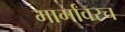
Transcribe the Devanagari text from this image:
मार्गांवरच